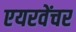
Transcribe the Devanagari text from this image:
एयरवेंचर